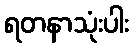
ရတနာသုံးပါး